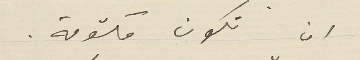
ان تكون مكتومة.